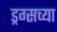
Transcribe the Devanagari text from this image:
ड्रग्सच्या